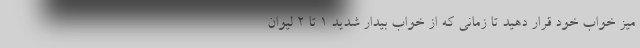
میز خواب خود قرار دهید تا زمانی که از خواب بیدار شدید ۱ تا ۲ لیوان